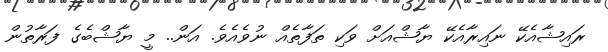
ރައިޝާއެކޭ ނައިރާއެކޭ ޔާޝްއަށް ވަކި ތަފާތެއް ނުވެއެވެ. އަން.. މީ ޔާޝްބެގެ ފަރާތުން